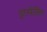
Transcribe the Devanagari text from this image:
इंटरफेसिंग